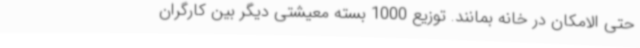
حتی الامکان در خانه بمانند. توزیع 1000 بسته معیشتی دیگر بین کارگران